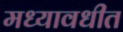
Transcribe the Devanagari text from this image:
मध्यावधीत